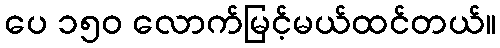
ပေ ၁၅၀ လောက်မြင့်မယ်ထင်တယ်။